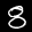
Label: 8